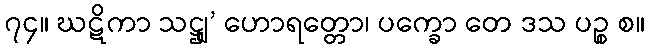
၇၄။ ဃဋိကာ သဋ္ဌျ’ ဟောရတ္တော၊ ပက္ခော တေ ဒသ ပဉ္စ စ။